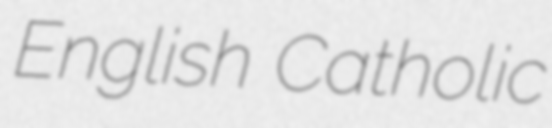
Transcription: English Catholic